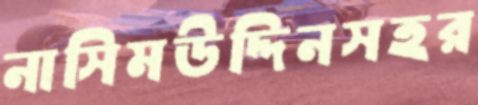
নাসিমউদ্দিনসহর